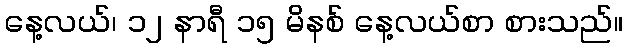
နေ့လယ်၊ ၁၂ နာရီ ၁၅ မိနစ် နေ့လယ်စာ စားသည်။